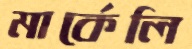
মার্কেলি